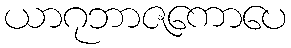
ယာဂုဘာဇကောပေ